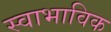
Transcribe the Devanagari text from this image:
स्‍वाभाविक